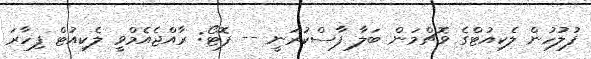
ފުލުހުން ލެކިއުޓްގެ ވޮޗްމަން ބަލާ ފާސްކުރަނީ -- ފޮޓޯ: ރާއްޖެއެމްވީ ލެކިއުޓް ފިހާރަ